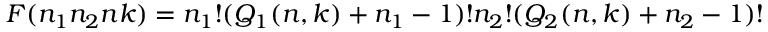
F ( n _ { 1 } n _ { 2 } n k ) = n _ { 1 } ! ( Q _ { 1 } ( n , k ) + n _ { 1 } - 1 ) ! n _ { 2 } ! ( Q _ { 2 } ( n , k ) + n _ { 2 } - 1 ) !